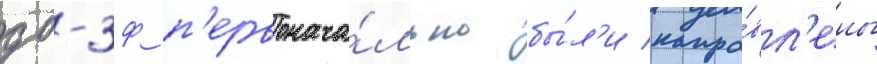
дб-3ф п'ервонача́льно бы́л'и напра́вл'ены